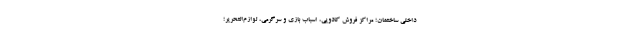
داخلی ساختمان؛ مراکز فروش کادویی، اسباب بازی و سرگرمی، لوازم‌التحریر؛